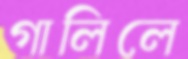
গালিলে